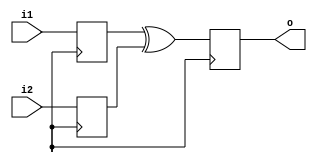
module xor_delay (
    input wire i1,
    input wire i2,
    output reg o
);

reg delayed_i1, delayed_i2;

always@(posedge clk) begin
    delayed_i1 <= i1;
    delayed_i2 <= i2;
end

always@(posedge clk) begin
    o <= delayed_i1 ^ delayed_i2;
end

endmodule